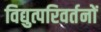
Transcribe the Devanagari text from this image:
विद्युत्परिवर्तनों